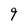
Character: q